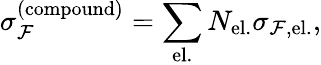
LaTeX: \sigma_{\mathcal{F}}^{(\mathrm{compound})}=\sum_{\mathrm{el.}}N_{\mathrm{el.}}\sigma_{\mathcal{F},\mathrm{el.}},